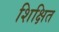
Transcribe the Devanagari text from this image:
शिक्षित